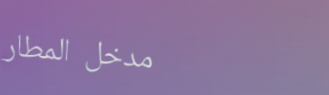
مدخل المطار